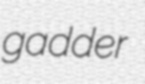
gadder